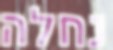
נחלה